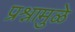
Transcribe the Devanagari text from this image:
प्रश्नामुळे